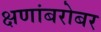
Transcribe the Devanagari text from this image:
क्षणांबरोबर